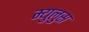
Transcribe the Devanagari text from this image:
म्युलुस